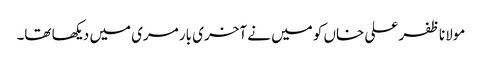
مولانا ظفر علی خاں کو میں نے آخری بار مری میں دیکھا تھا۔